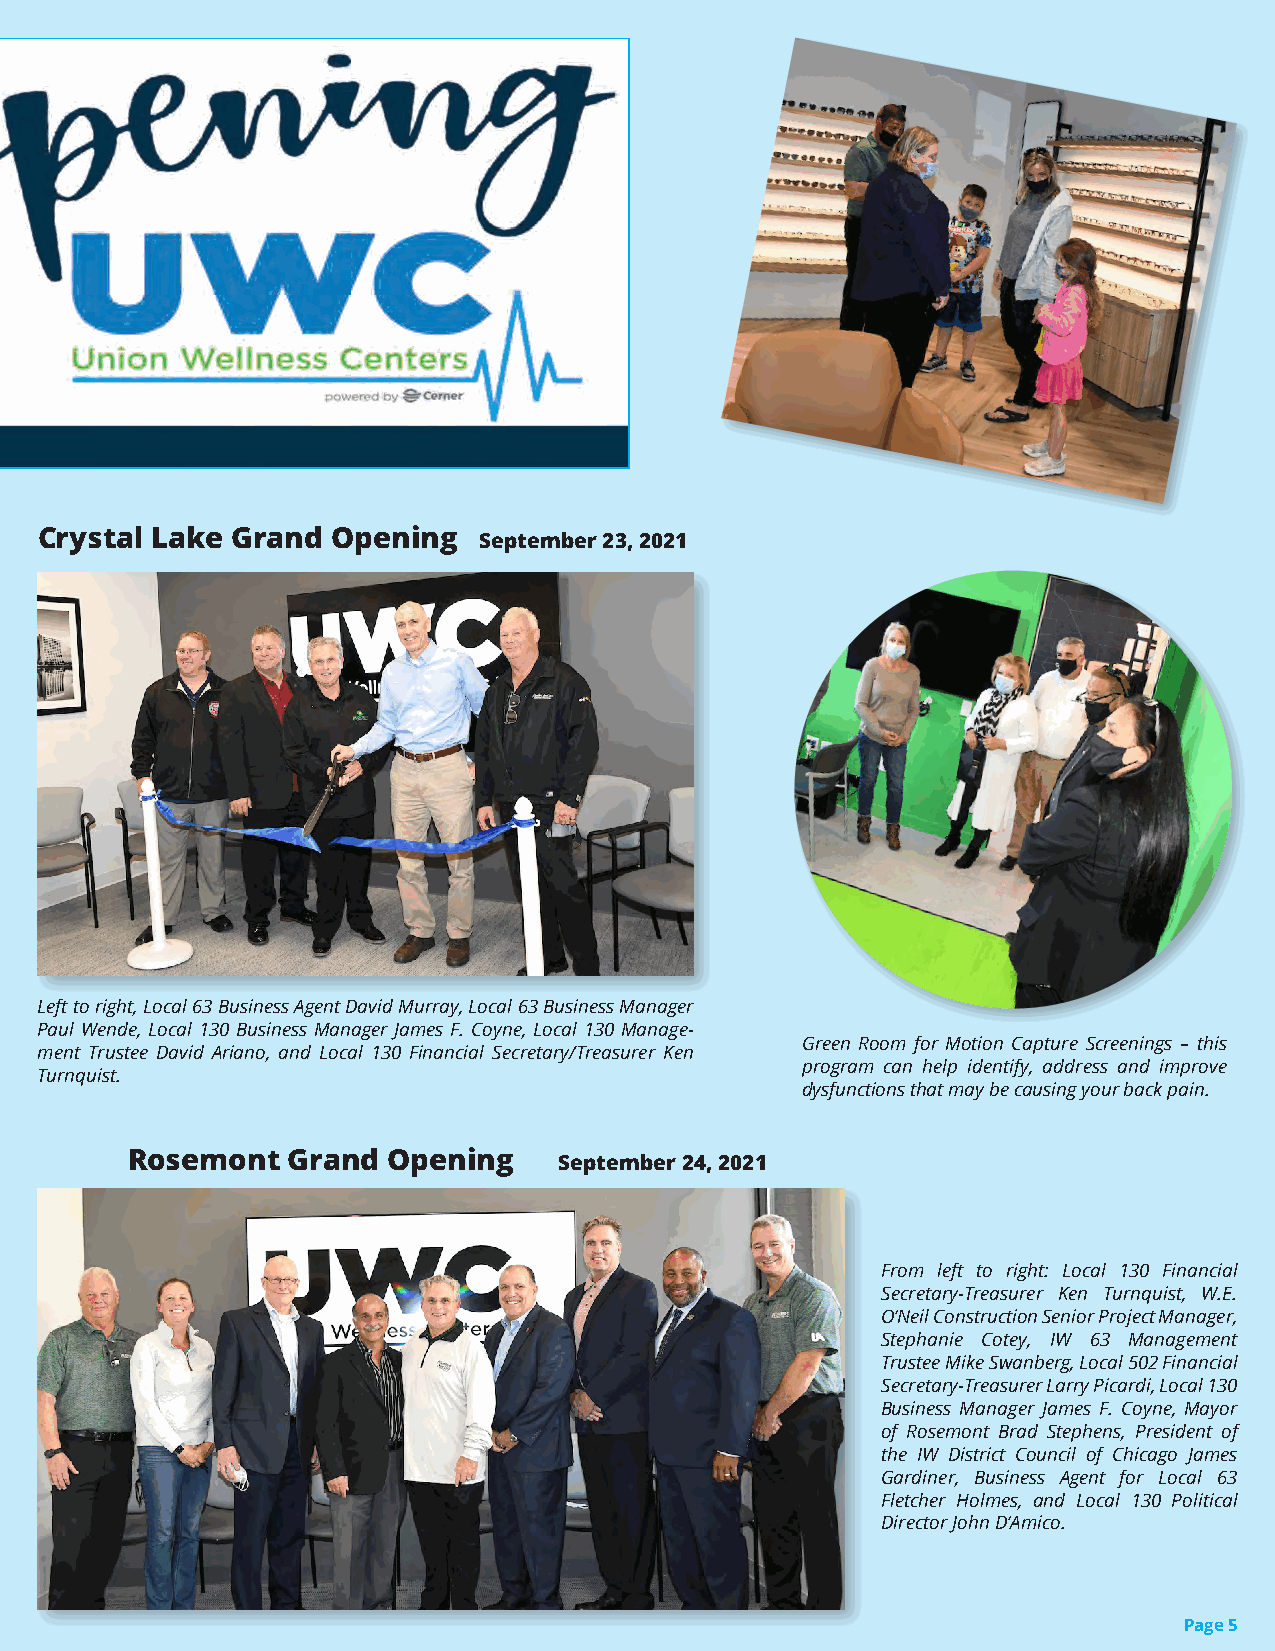
FOUR NEW LOCATIONS! WE INVITE  YOU   TO
 Crystal Lake Grand  Opening   September 23, 2021
 JOIN  US AT  EACH
 OF  OUR   OPEN
 HOUSES    FROM
 4:00 PM  to 7:00  PM
 TBD                FOR  INQUIRIES CALL
 Left to right, Local 63 Business Agent David Murray, Local 63 Business Manager
 Paul Wende, Local 130 Business Manager James F. Coyne, Local 130 Manage-
 Green Room for Motion Capture Screenings – this
 ment Trustee David Ariano, and Local 130 Financial Secretary/Treasurer Ken
 program can help identify, address and improve
 Turnquist.
 dysfunctions that may be causing your back pain.
 Rosemont   Grand  Opening    September 24, 2021
 From left to right: Local 130 Financial
 Secretary-Treasurer Ken Turnquist, W.E.
 O’Neil Construction Senior Project Manager,
 Stephanie Cotey, IW 63 Management
 Trustee Mike Swanberg, Local 502 Financial
 Secretary-Treasurer Larry Picardi, Local 130
 Business Manager James F. Coyne, Mayor
 of Rosemont Brad Stephens, President of
 the IW District Council of Chicago James
 Gardiner, Business Agent for Local 63
 Fletcher Holmes, and Local 130 Political
 Director John D’Amico.
 Page 5